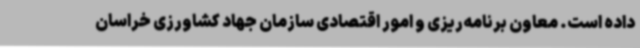
داده است. معاون برنامه‌ریزی و امور اقتصادی سازمان جهاد کشاورزی خراسان